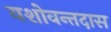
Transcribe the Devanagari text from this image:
यशोवन्तदास